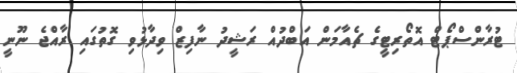
ޓުރާންސްޕޯޓް އޮތޯރިޓީގެ ޗެއާމަން އަބްދުއް ރަޝީދު ނާފިޒް ވިދާޅުވި ގޮތުގައި ރާއްޖެ ނޫނީ